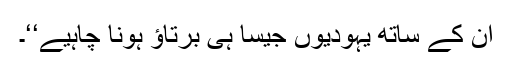
ان کے ساتھ یہودیوں جیسا ہی برتاؤ ہونا چاہیے‘‘۔